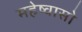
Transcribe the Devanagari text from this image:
महेष्वासो